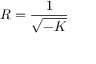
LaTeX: R = { \frac { 1 } { \sqrt { - K } } }